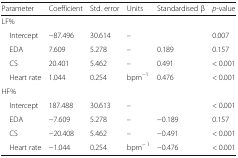
<table><thead><tr><td><b>Parameter</b></td><td><b>Coefficient</b></td><td><b>Std. error</b></td><td><b>Units</b></td><td><b>Standardised β</b></td><td><b><i>p</i>-value</b></td></tr></thead><tbody><tr><td colspan="6">LF%</td></tr><tr><td> Intercept</td><td>−87.496</td><td>30.614</td><td>–</td><td></td><td>0.007</td></tr><tr><td> EDA</td><td>7.609</td><td>5.278</td><td>–</td><td>0.189</td><td>0.157</td></tr><tr><td> CS</td><td>20.401</td><td>5.462</td><td>–</td><td>0.491</td><td>&lt; 0.001</td></tr><tr><td> Heart rate</td><td>1.044</td><td>0.254</td><td>bpm<sup>−1</sup></td><td>0.476</td><td>&lt; 0.001</td></tr><tr><td colspan="6">HF%</td></tr><tr><td> Intercept</td><td>187.488</td><td>30.613</td><td>–</td><td></td><td>&lt; 0.001</td></tr><tr><td> EDA</td><td>−7.609</td><td>5.278</td><td>–</td><td>−0.189</td><td>0.157</td></tr><tr><td> CS</td><td>−20.408</td><td>5.462</td><td>–</td><td>−0.491</td><td>&lt; 0.001</td></tr><tr><td> Heart rate</td><td>−1.044</td><td>0.254</td><td>bpm<sup>− 1</sup></td><td>−0.476</td><td>&lt; 0.001</td></tr></tbody></table>